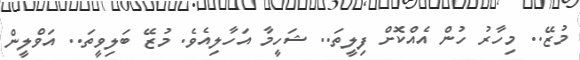
މުޒޭ.. މިހާރު ހުން އެއްކޮށް ފިލީތަ.. ޝަހީމާ އަހާލިއެވެ. މުޒޭ ބަލިވީތަ.. އަވްލީން